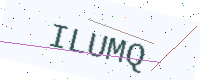
Text: ILUMQ